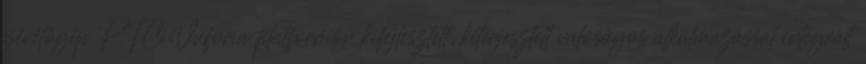
csévélőgép PTC Vuforia platformon kifejlesztett, kiterjesztett valóságos alkalmazással integrált